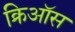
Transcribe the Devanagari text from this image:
क्रिऑस